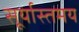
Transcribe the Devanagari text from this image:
सूर्यास्तमय